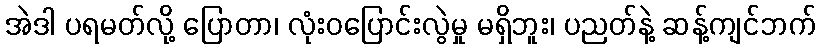
အဲဒါ ပရမတ်လို့ ပြောတာ၊ လုံးဝပြောင်းလွဲမှု မရှိဘူး၊ ပညတ်နဲ့ ဆန့်ကျင်ဘက်